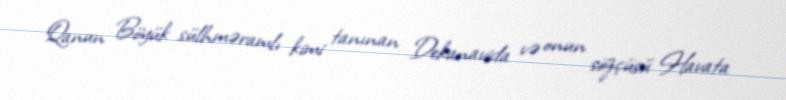
Qanun Böyük sülhməramlı kimi tanınan Dekanavida və onun sözçüsü Havata